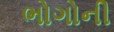
ભોગોની